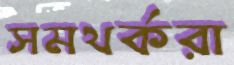
সমথর্করা